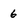
Character: 6